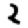
Digit: 2